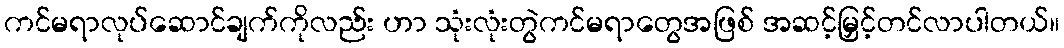
ကင်မရာလုပ်ဆောင်ချက်ကိုလည်း ဟာ သုံးလုံးတွဲကင်မရာတွေအဖြစ် အဆင့်မြှင့်တင်လာပါတယ်။